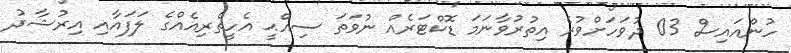
ހުންއައިސް 03 ދުވަހަށްވުރެ އިތުރުވާނަމަ ޑޮކްޓަރެއް ނުވަތަ ސިއްޙީ އެހީތެރިއެއްގެ ލަފައާއި އިރުޝާދު